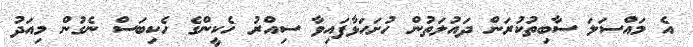
އެ މައްސަލަ ސާބިތުކުރަން ދައުލަތުން ހުށަހަޅާފައިވާ ސިއްރު ހެކީންގެ ހެކިބަސް ނެގުން މިއަދު